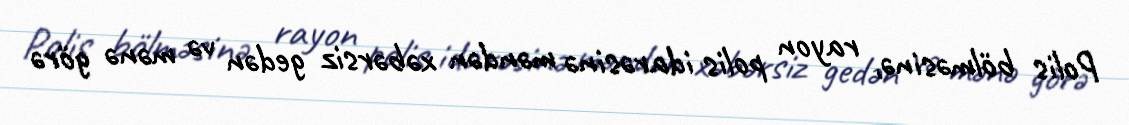
Polis bölməsinə, rayon polis idarəsinə məndən xəbərsiz gedən və mənə görə